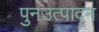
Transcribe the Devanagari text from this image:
पुनउत्पादन